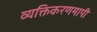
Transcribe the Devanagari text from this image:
व्यक्तिकरणमापी